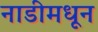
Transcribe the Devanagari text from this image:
नाडीमधून